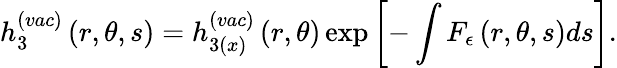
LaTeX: h_{3}^{(vac)}\left(r,\theta,s\right)=h_{3(x)}^{(vac)}\left(r,\theta\right)\exp\left[-\int F_{\epsilon}\left(r,\theta,s\right)ds\right].